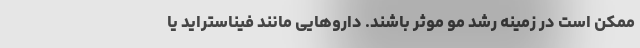
ممکن است در زمینه رشد مو موثر باشند. داروهایی مانند فیناستراید یا